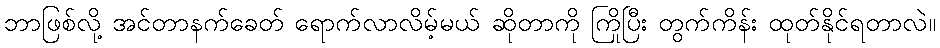
ဘာဖြစ်လို့ အင်တာနက်ခေတ် ရောက်လာလိမ့်မယ် ဆိုတာကို ကြိုပြီး တွက်ကိန်း ထုတ်နိုင်ရတာလဲ။